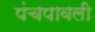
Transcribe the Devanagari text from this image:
पंचपावली